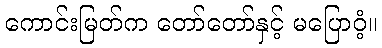
ကောင်းမြတ်က တော်တော်နှင့် မပြောဝံ့။